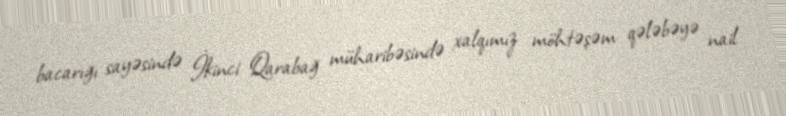
bacarığı sayəsində İkinci Qarabağ müharibəsində xalqımız möhtəşəm qələbəyə nail